Report on sanitation, dispensaries, and jails in Rajputana for 1915, and on vaccination for the year 1915-1916 - 1915-1916
Year: 1915
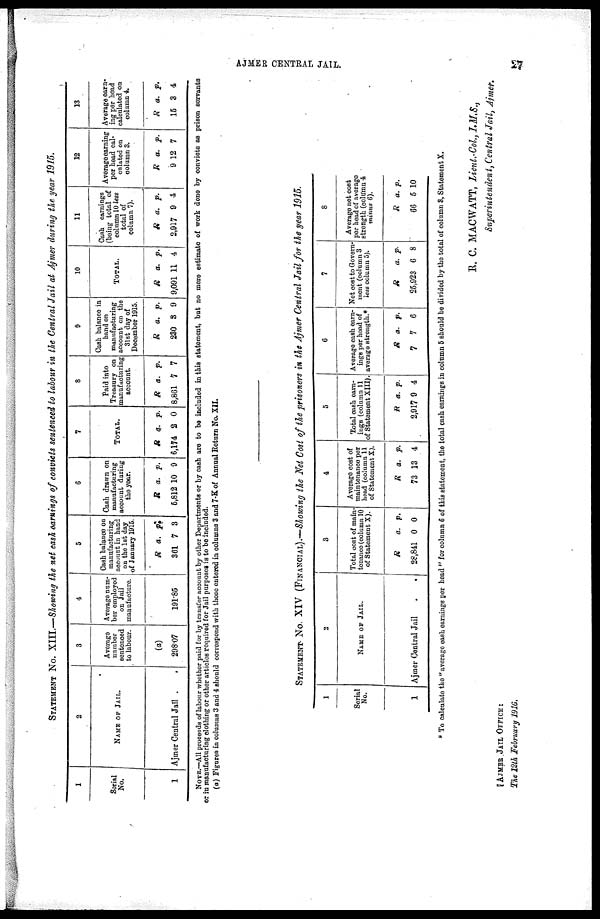
AJMER CENTRAL JAIL.
27
STATEMENT No. XIII.—Showing the net cash earnings of convicts sentenced to labour in the Central Jail at Ajmer during the year 1915.
1
Serial
No.
1
2
NAME OF JAIL.
Ajmer Central Jail . .
3
Average
number
sentenced
to labour.
(a)
298.07
4
Average num¬
ber employed
on Jail
manufacture.
191.85
5
Cash balance on
manufacturing
account in hand
on the 1st day
of January 1915.
R
361
a.
7
p.
3
6
Cash drawn on
manufacturing
account during
the year.
R
5,812
a.
10
p.
9
7
TOTAL.
R
6,174
a.
2
p.
0
8
Paid into
Treasury on
manufacturing
account.
R
8,861
a.
7
p.
7
9
Cash balance in
hand on
manufacturing
account on the
31st day of
December 1915.
R
230
a.
3
p.
9
10
TOTAL.
R
9,091
a.
11
p.
4
11
Cash earnings
(being total of
column 10 less
total of
column 7).
R
2,917
a.
9
p.
4
12
Average earning
per head cal-
culated on
column 3.
R
9
a.
12
p.
7
13
Average earn¬
ing per head
calculated on
column 4.
R
15
a.
3
p.
4
NOTE.—All proceeds of labour whether paid for by transfer account by other Departments or by cash are to be included in this statement, but no mere estimate of work done by convicts as prison servants
or in manufacturing clothing or other articles required for Jail purposes is to be included.
(a) Figures in columns 3 and 4 should correspond with those entered in columns 3 and 7-K of Annual Return No. XII.
STATEMENT No. XIV (FINANCIAL) .—Showing the Net Cost of the prisoners in the Ajmer Central Jail for the year 1915.
1
Serial
No.
1
2
NAME OF JAIL.
Ajmer Central Jail
.
.
3
Total cost of main¬
tenance (column 10
of Statement X).
R
28,841
a.
0
p.
0
4
Average cost of
maintenance per
head (column 11
of Statement X).
R
73
a.
13
p.
4
5
Total cash earn-
ings (column 11
of Statement XIII).
R
2,917
a.
9
p.
4
6
Average cash earn-
ings per head of
average strength.*
R
7
a.
7
p.
6
7
Net cost to Govern-
ment (column 3
less column 5).
R
25,923
a.
6
p.
8
8
Average net cost
per head of average
strength (column 4
minus 6).
R
66
a.
5
p.
10
* To calculate the " average cash earnings per head " for column 6 of this statement, the total cash earnings in column 5 should be divided by the total of column 3, Statement X.
R. C. MACWATT, Lieut.-Col., I.M.S.,
Superintendent, Central Jail, Ajmer.
AJMER JAIL OFFICE:
The 12th February 1916.